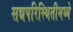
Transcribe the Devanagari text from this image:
सद्यपरिस्थितीमध्ये